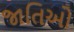
જાતિઓ